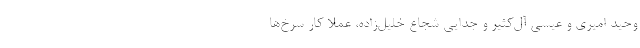
وحید امیری و عیسی آل‌کثیر و جدایی شجاع خلیل‌زاده، عملا کار سرخ‌ها